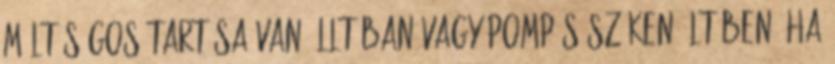
méltóságos tartása van álltában vagy pompás széken ültében, ha